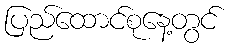
ပြည်ထောင်စုနေ့တွင်